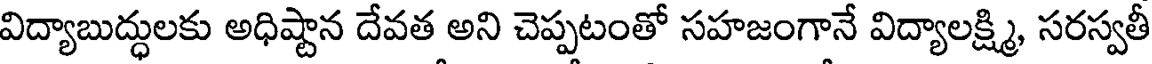
విద్యాబుద్ధులకు అధిష్టాన దేవత అని చెప్పటంతో సహజంగానే విద్యాలక్ష్మి, సరస్వతీ